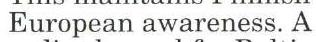
European awareness. A